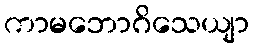
ကာမဘောဂိသေယျာ